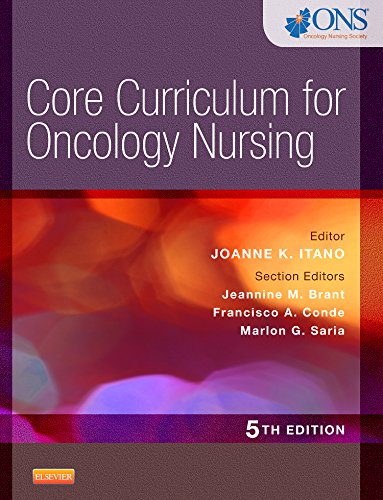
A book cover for Core Curriculum for Oncology Nursing-, 5e; ONS; Medical Books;